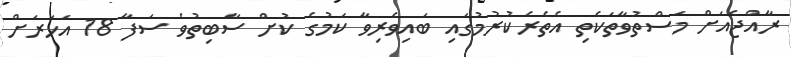
ރާއްޖެއަށް މަސްތުވާތަކެތި އެތެރެކުރުމުގައި ބައިވެރިވާ ކަމުގެ ކުށް ސާބިތުވެ ސަފާ 18 އަހަރަށް